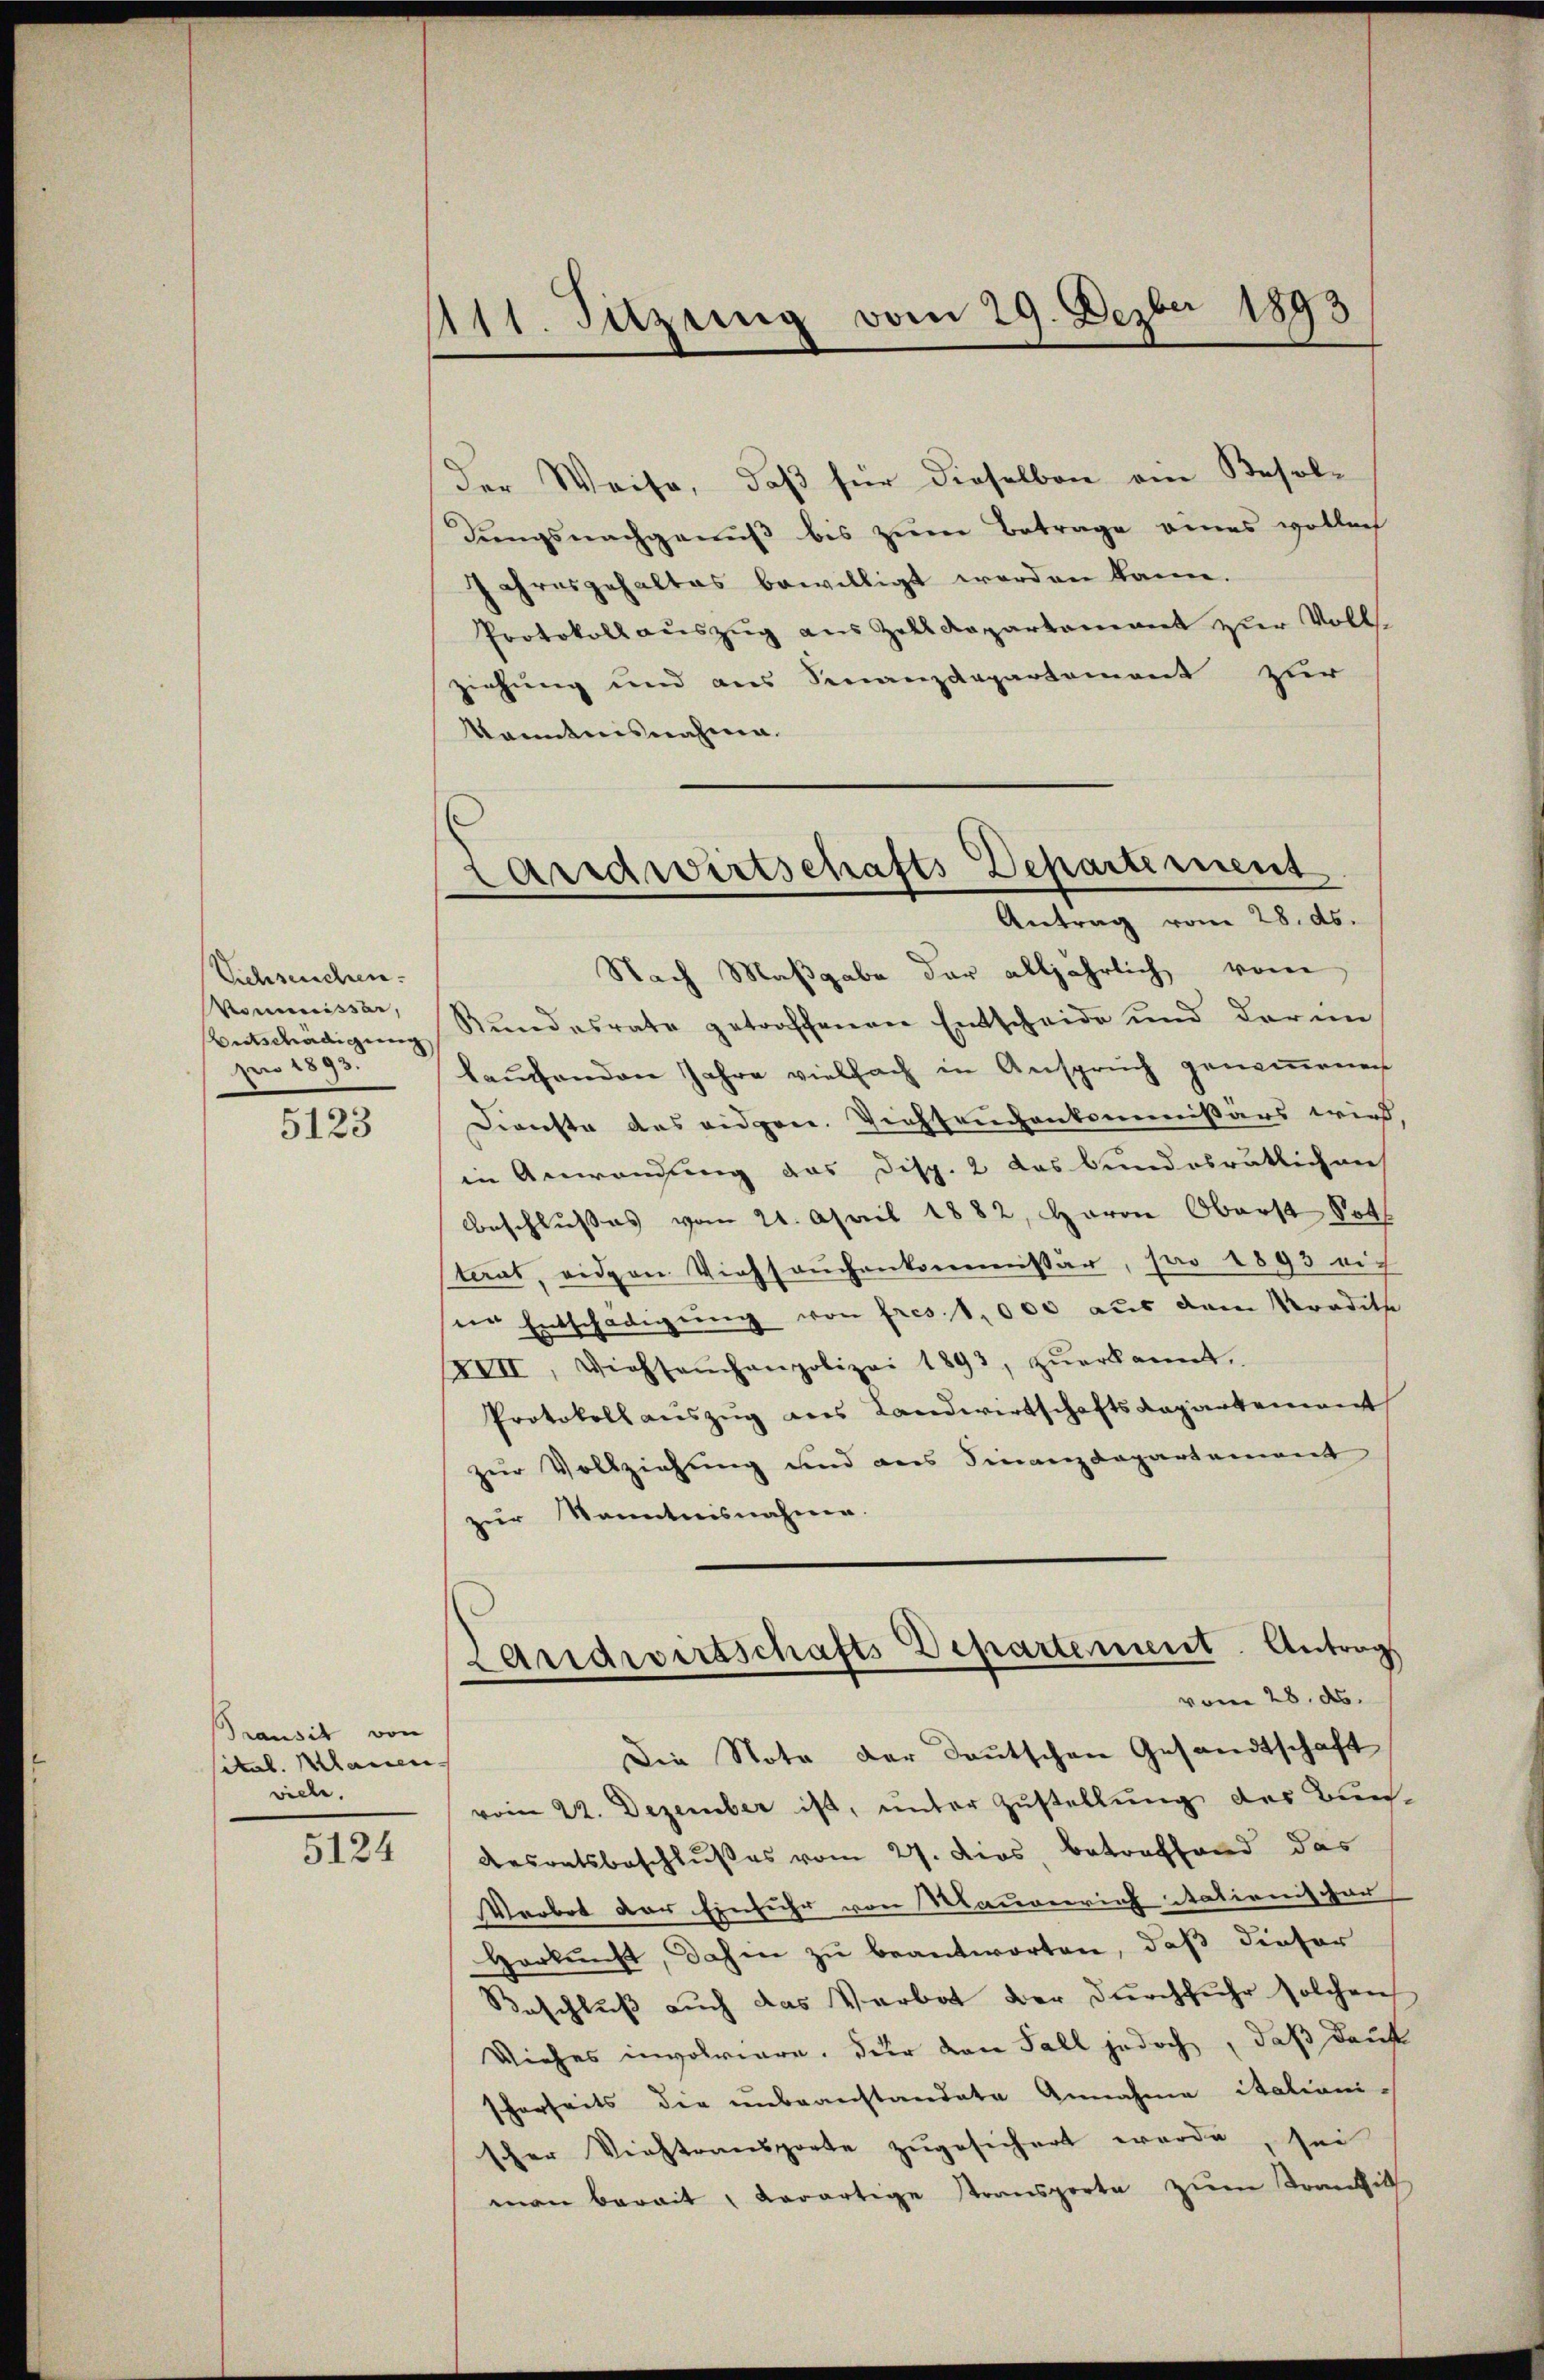
5123

Transit von
sitat. Manen
viele.

Viehseuchen.
Vomnissen,
Entschädigung
pro 1893.

111. Sitzung vom 29. Dezber 1893

der Weise, daß für dieselben ein Besoldungsnachgenuß bis zum Betrage eines vollach
Jahresgehaltes bewilligt werden kann.
Protokoll auszug aus Zolldepartement zur Vollziehung und aus Sinanzdepartement zur
kanntnisnahme.
Nach Maßgabe der alljährlich vom
Rŭndesrate getroffenen Entscheide und darin
lauchenden Jahre vielfach in Anspruch genommenen
Dienste des eidgen. Viehseuchenkommißärs wird,
in Anwendung das Disp. 2 das bundesrätlichen
Beschlusses vom 21. April 1882, Herrn Oberst Koth
sterat, eiden Viehsaŭchenkommissär, pro 1893 nich
ine Entschädigung von fres 1,000 aus dem Mordethe
/II, Viehseuchanpolizei 1893, zŭerkannt.
Protokoll auszug aus Landwirtschaftsdepartement
zur Vollziehung und aus Finanzdepartement
zur Kenntnisnahme
Landwirtschafts Departement. Antrag
vom 28. ds.
Die Nota der Deutschen Gesandtschaft
vom 22. Dezember ist, unter Zustellung des Bun¬
5124 desratsbeschlußes vom 27. ders, betreffend das
Verbot der Einfuhr von Maurerrich Stationischer
Herkunft, dahin zu beantworten, daß dieser
Beschluß auch das Verbot der durchfuhr solchen
Viehes involviere. Für den Fall jedoch, daß durch
scherheits die unbeanstandete Annahme italiani-
scher Viehtransporte zugesichert werde, sei
man berait, derartige Stransporta zum Tonnkic

Landwirtschafts Departement
Antrag vom 28. ds.